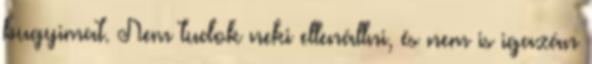
bugyimat. Nem tudok neki ellenállni, és nem is igazán